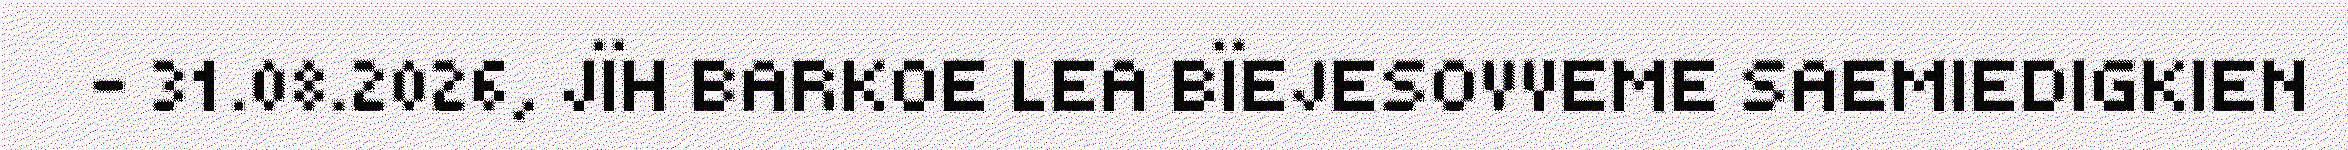
– 31.08.2026, JÏH BARKOE LEA BÏEJESOVVEME SAEMIEDIGKIEN